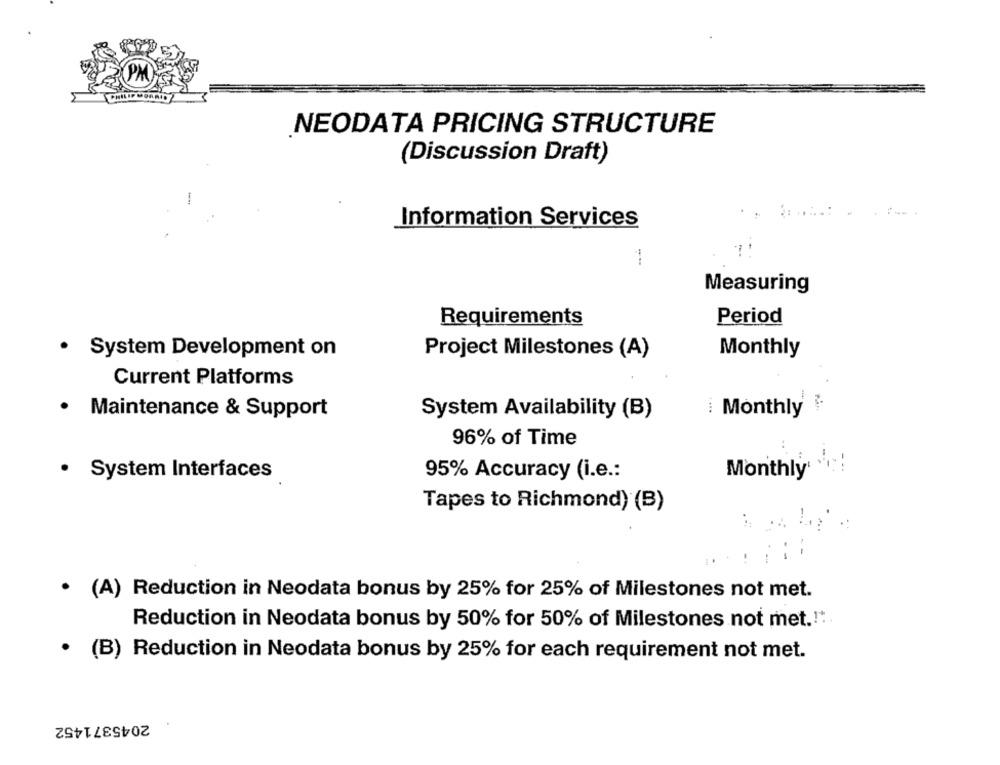
NEODATA PRICING STRUCTURE
(Discussion Draft)
Information Services
1
Measuring
Requirements
Period
Project Milestones (A)
Monthly
· System Development on
Current Platforms
.
Maintenance & Support
System Availability (B)
i Monthly
96% of Time
· System Interfaces
95% Accuracy (i.e .:
Monthly
Tapes to Richmond) (B)
-..
.
· (A) Reduction in Neodata bonus by 25% for 25% of Milestones not met.
Reduction in Neodata bonus by 50% for 50% of Milestones not met .! ".
· (B) Reduction in Neodata bonus by 25% for each requirement not met.
2045371452